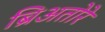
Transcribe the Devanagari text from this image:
ब्रिअतोरे